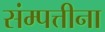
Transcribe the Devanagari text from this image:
संम्पत्तीना